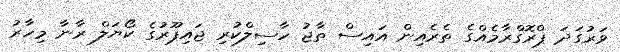
ވަރުގަދަ ޕްރޮގްރާމެއްގެ ތެރެއިން އައިސް ތާޖު ހާސިލްކުރި ޖައިޕޫރުގެ ކޯޔަލް ރާނާ މިހާރު